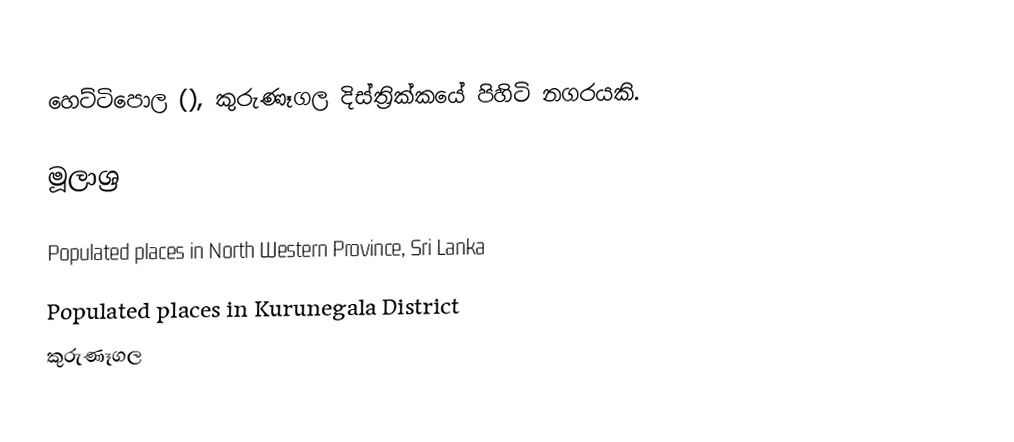
හෙට්ටිපොල (), කුරුණෑගල දිස්ත්‍රික්කයේ පිහිටි නගරයකි.

මූලාශ්‍ර

Populated places in North Western Province, Sri Lanka
Populated places in Kurunegala District
කුරුණෑගල